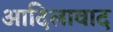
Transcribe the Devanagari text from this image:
आदिलावाद